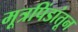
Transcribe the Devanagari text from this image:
मूत्रपिंडांतून